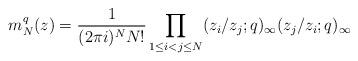
LaTeX: \begin{align*}m_N^q(z)=\frac{1}{(2\pi i)^NN!}\prod_{1\le i<j\le N}(z_i/z_j;q)_{\infty}(z_j/z_i;q)_{\infty}\end{align*}